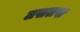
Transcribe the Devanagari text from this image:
लखलख